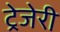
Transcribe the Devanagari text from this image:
ट्रेजेरी